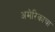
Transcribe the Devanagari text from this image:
अमेरिकाचा